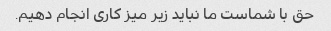
حق با شماست ما نباید زیر میز کاری انجام دهیم.